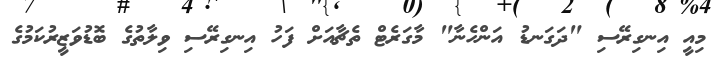
މިއީ އިނގިރޭސި "ދަގަނޑު އަންހެނާ" މާގަރެޓް ތެޗާއަށް ފަހު އިނގިރޭސި ވިލާތުގެ ބޮޑުވަޒީރުކަމުގެ